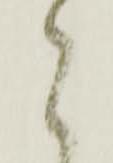
と